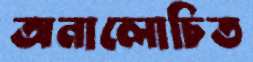
অনালোচিত